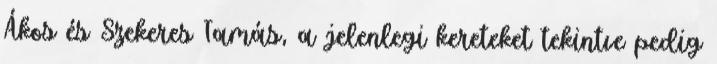
Ákos és Szekeres Tamás, a jelenlegi kereteket tekintve pedig